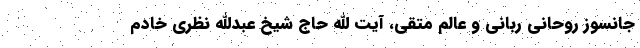
جانسوز روحانی ربانی و عالم متقی، آیت الله حاج شیخ عبدالله نظری خادم